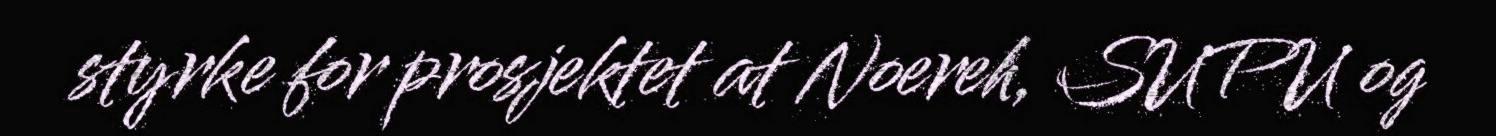
styrke for prosjektet at Noereh, SUPU og